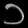
Digit: ၁